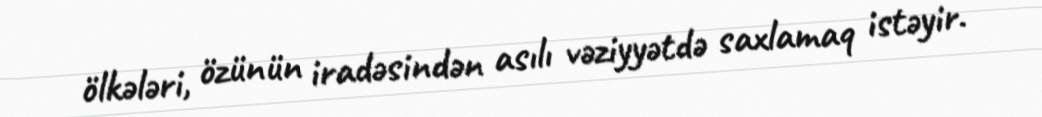
ölkələri, özünün iradəsindən asılı vəziyyətdə saxlamaq istəyir.